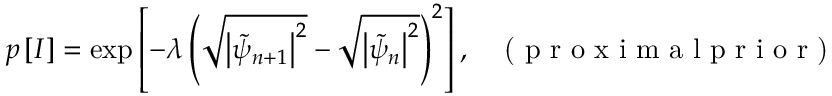
p \left[ I \right] = \exp \left[ - \lambda \left( \sqrt { \left| \tilde { \psi } _ { n + 1 } \right| ^ { 2 } } - \sqrt { \left| \tilde { \psi } _ { n } \right| ^ { 2 } } \right) ^ { 2 } \right] , \; \; \; \textrm { ( p r o x i m a l p r i o r ) }